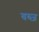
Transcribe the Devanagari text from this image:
वब्ज़